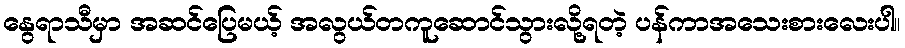
နွေရာသီမှာ အဆင်ပြေမယ့် အလွယ်တကူဆောင်သွားလို့ရတဲ့ ပန်ကာအသေးစားလေးပါ။